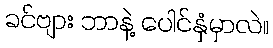
ခင်ဗျား ဘာနဲ့ ပေါင်နှံမှာလဲ။